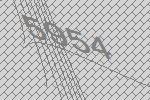
5954